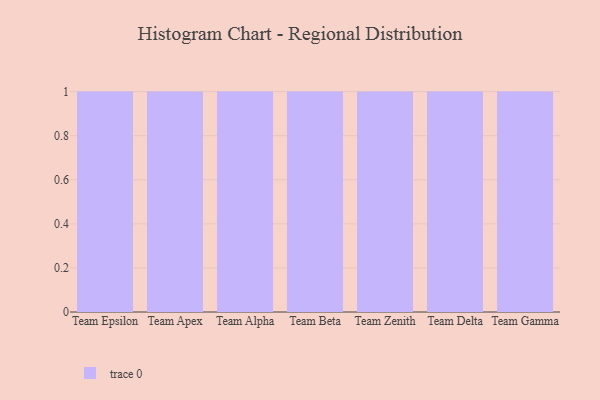
{"axis": {"x": "Team", "y": "Churn Rate (%)"}, "legend": [""], "data": [{"x": "Team Epsilon", "y": 77, "type": ""}, {"x": "Team Apex", "y": 39, "type": ""}, {"x": "Team Alpha", "y": 47, "type": ""}, {"x": "Team Beta", "y": 12, "type": ""}, {"x": "Team Zenith", "y": 37, "type": ""}, {"x": "Team Delta", "y": 62, "type": ""}, {"x": "Team Gamma", "y": 31, "type": ""}]}